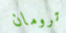
ترومان